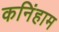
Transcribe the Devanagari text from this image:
कनिंहाम